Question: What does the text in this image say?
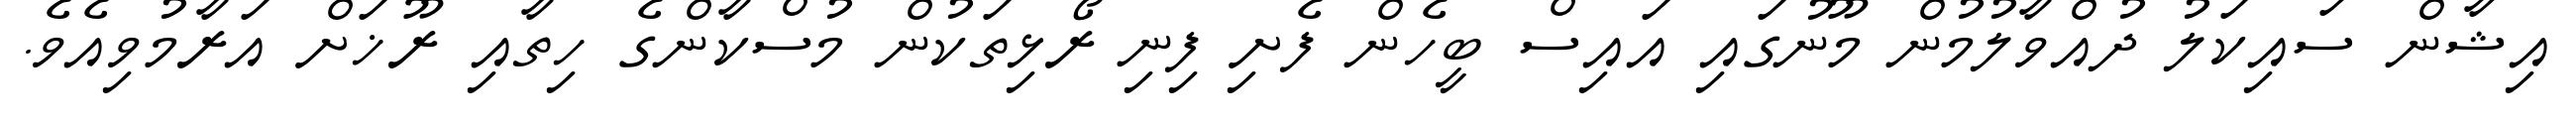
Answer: އިޝާން ސައިކަލު ދުއްވާލުމުން މޫނުގައި އައިސް ބީހެން ފެށި ފިނި ރޯޅިތަކުން މުސްކާންގެ ހިތާއި ރޫޚަށް އަރާމުވިއެވެ.